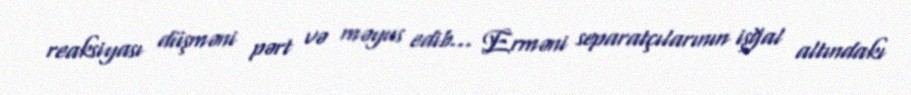
reaksiyası düşməni pərt və məyus edib... Erməni separatçılarının işğal altındakı